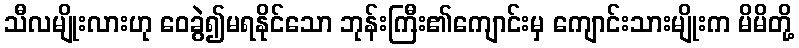
သီလမျိုးလားဟု ဝေခွဲ၍မရနိုင်သော ဘုန်းကြီး၏ကျောင်းမှ ကျောင်းသားမျိုးက မိမိတို့